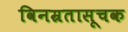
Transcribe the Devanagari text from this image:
विनम्रतासूचक